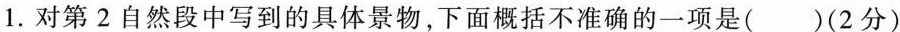
1.对第2自然段中写到的具体景物，下面概括不准确的一项是( )(2分)